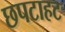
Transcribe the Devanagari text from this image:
छपटाहट